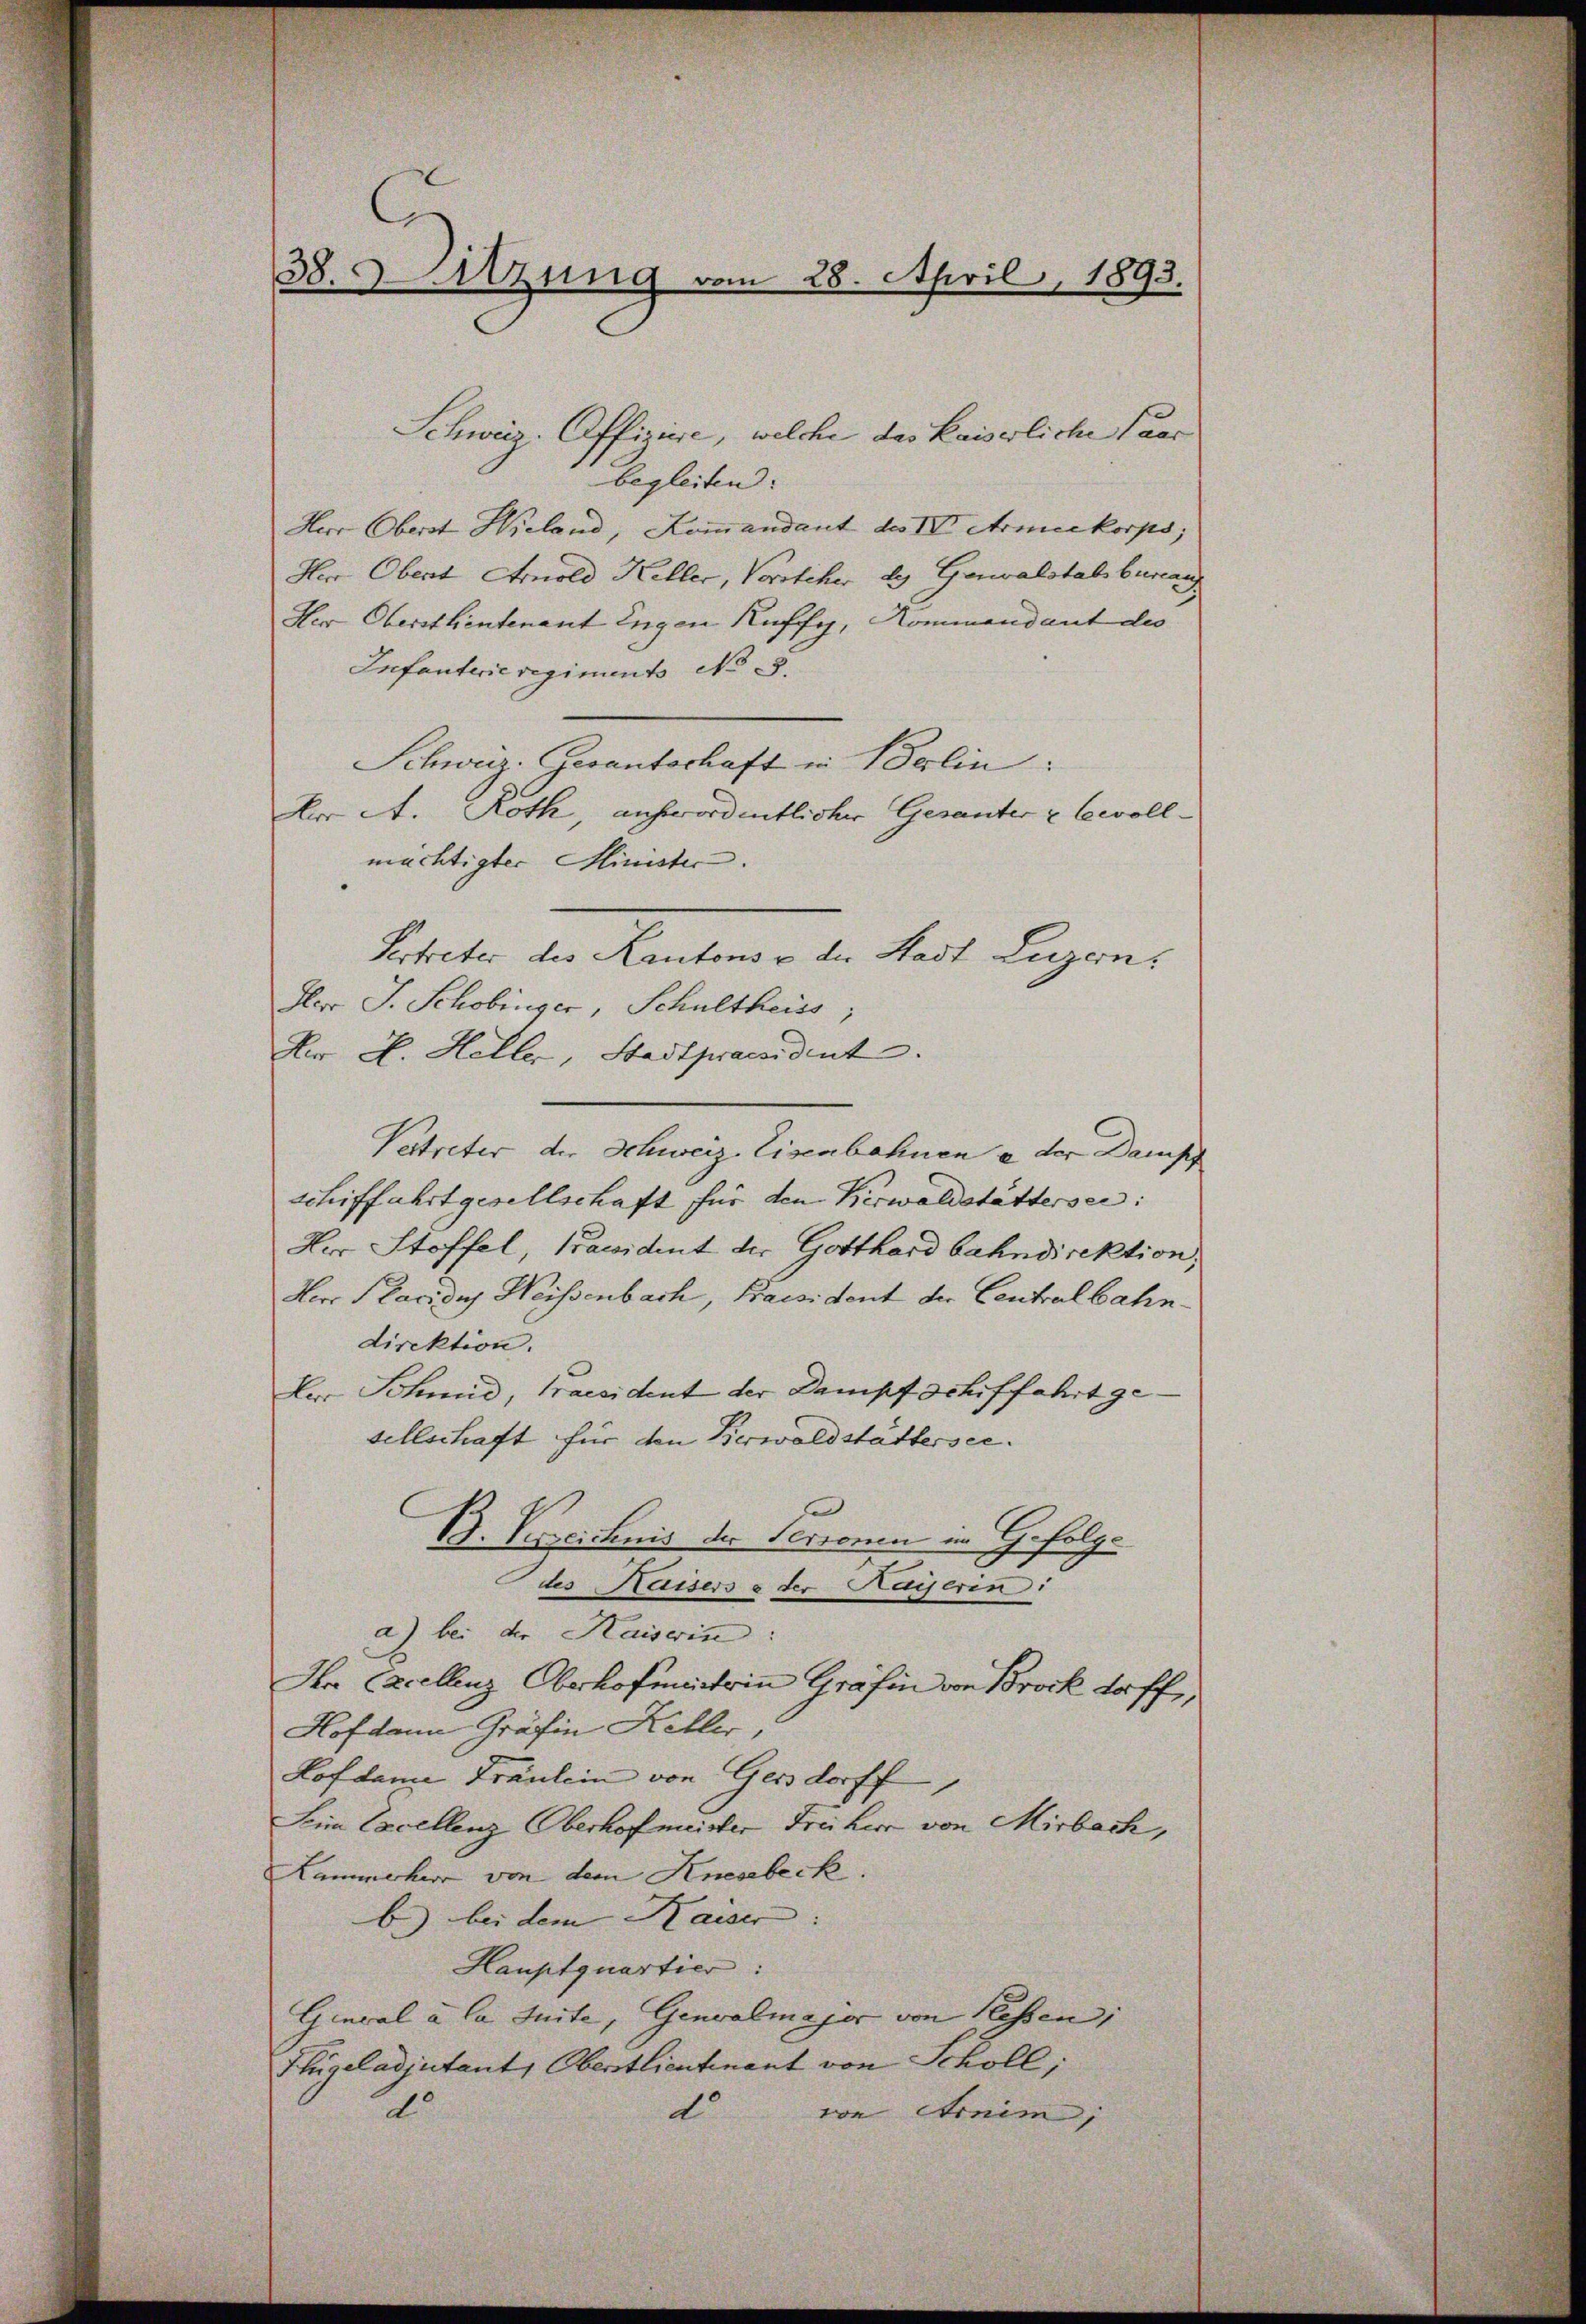
38. Sitzung vom 28. April 1893.

Schweiz. Offiziere, welche das Kaiserliche Paar
begleiten:
Herr Oberst Hieland, Kommandant des IV Armukorps;
Herr Obent Arnold Keller, Vorsteher des Gewalstabsburau
Her Oberstentenant ingen Kuffy, Kommandant des
Infanterieregiments No 5.
Schweiz. Gesantschaft in Balin:
Aer A. Roth, außerordentlicher Gesanter u Gevollmächtigter Minister.
Pertreter des Kantons v der Stadt Luzern,
Herr J. Schobinger, Schultheiss
Dr H. Heller, Stadtpraendent.
Vertreter der Schweiz. Eisenbahnen a der Dampf
Schiffahrtgesellschaft für den Kerwaldstättersei:
Her Stoffel, Präsident der Gotthardbahndirektion,
Herr Placions Weissenbach, Praesident der Centralbahndirektion.
Ler Schmid, Praesident der Dampf schiffahrt gesellschaft für den Verwaldstättersee.
B. Verzeichnis der Personen in Gefolge
des Kaisers & der Kayserin:
a) bei der Kaiserin:
Ir Excellenz, Oberhofenstein Gräfin von Brock Torff,
Hofdann Gräfin Keller,
Hoflame Fräulein von Gersdorff
Sein Excellenz Oberhofmeister Früher von Mirbach,
Kammerher von dem Knesebeck.
b) bei dem Kaiser:
Hauptquartier:
Ginval à la Juite, Genvalmajor von Kessen;
Hhügeladjutant, Oberstlieutenant von Scholl;
do
d von Arnim